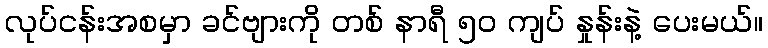
လုပ်ငန်းအစမှာ ခင်ဗျားကို တစ် နာရီ ၅၀ ကျပ် နှုန်းနဲ့ ပေးမယ်။